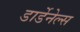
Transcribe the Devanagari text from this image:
डार्डेनेल्स